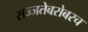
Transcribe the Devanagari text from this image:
सज्जतेबरोबरच